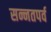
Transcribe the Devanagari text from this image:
सन्नतपर्व